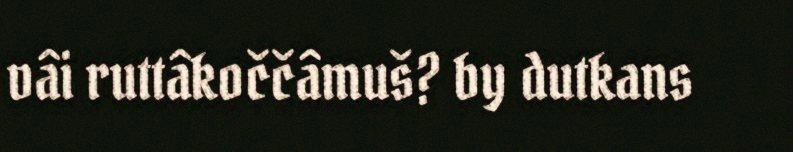
vâi ruttâkoččâmuš? by dutkans